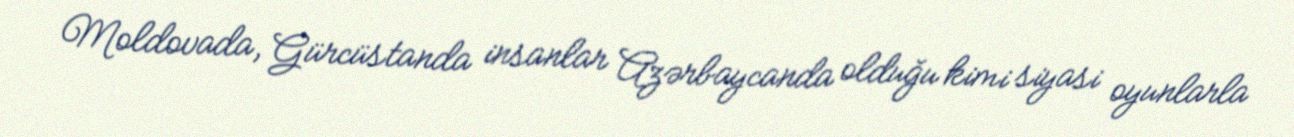
Moldovada, Gürcüstanda insanlar Azərbaycanda olduğu kimi siyasi oyunlarla